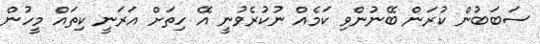
ސަބަބުން ކުރަން ބޭނުންވި ކަމެއް ނުކުރެވުނީ އޭ ހިތަށް އަރަނީ ކިތައް މީހުން